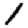
Digit: 1